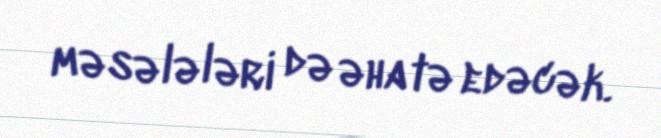
məsələləri də əhatə edəcək.